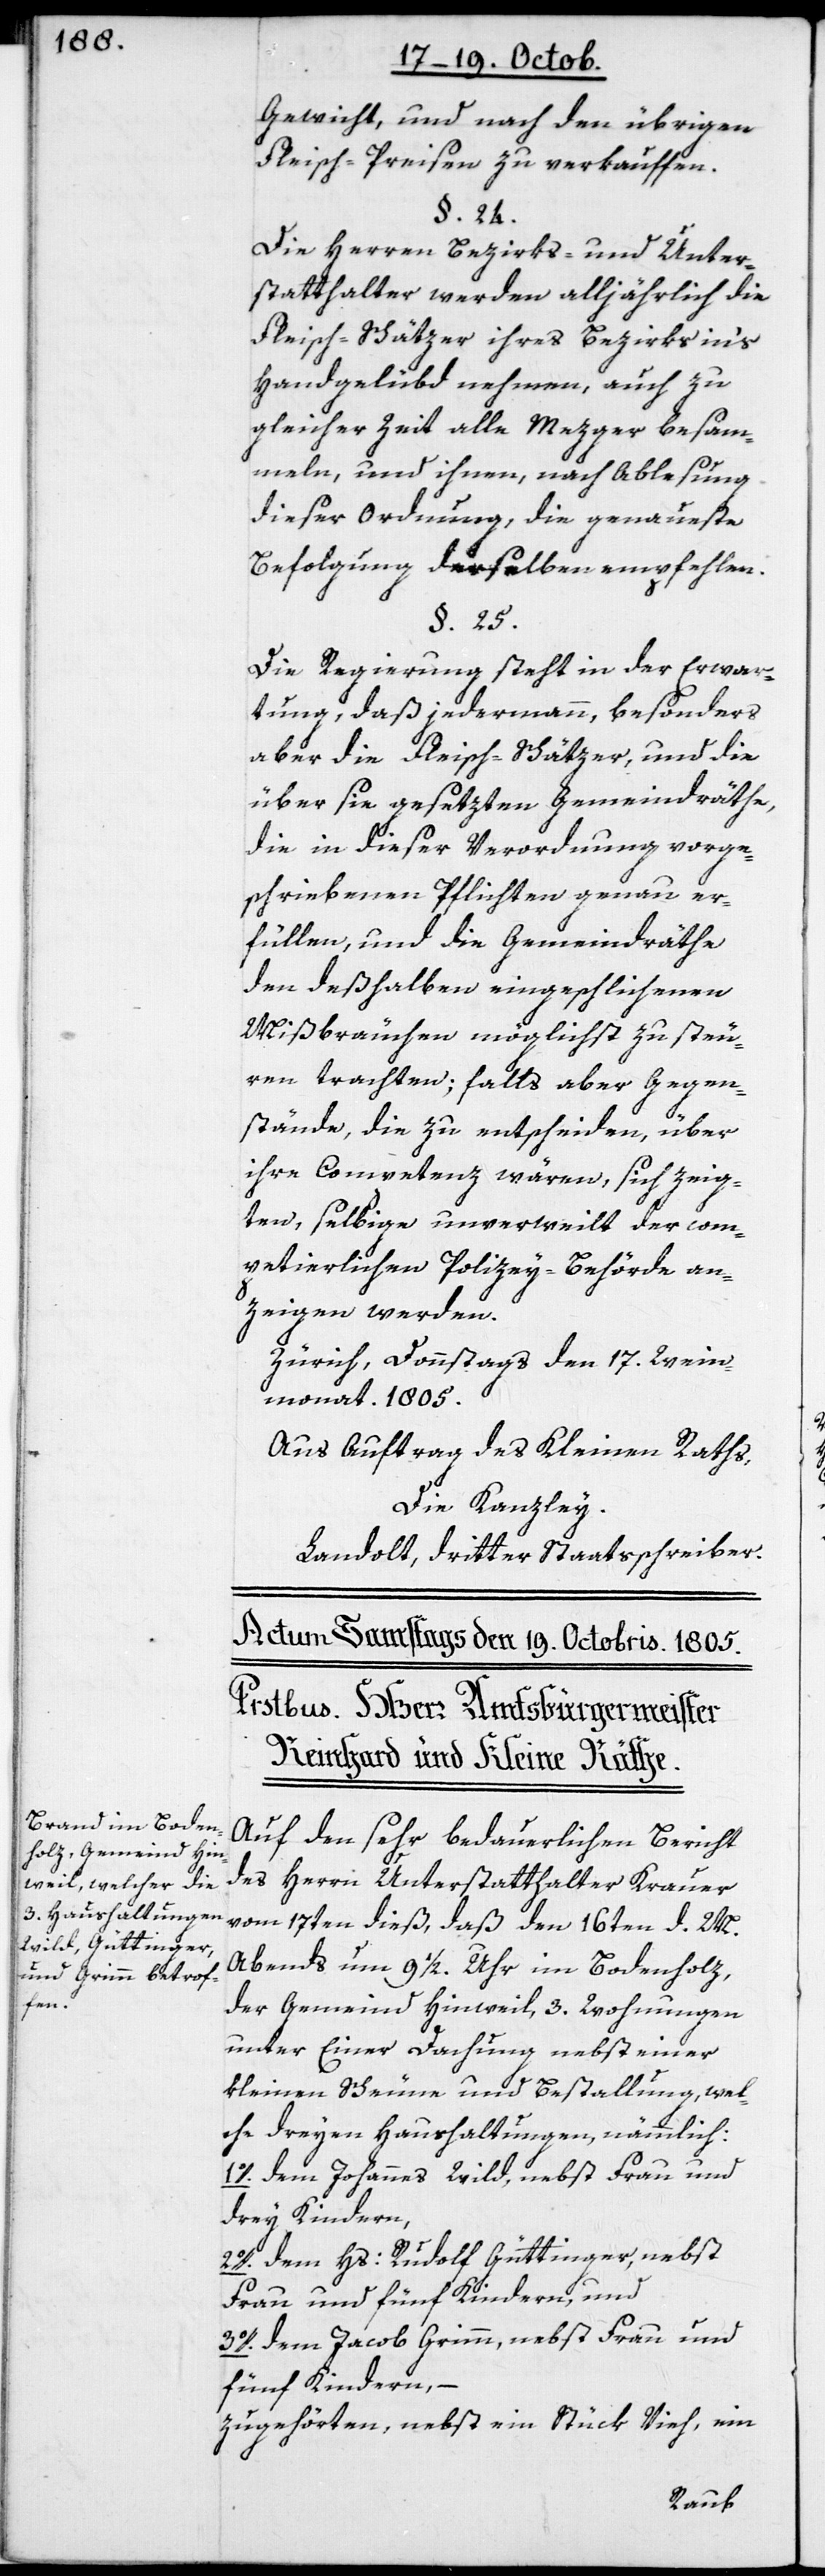
Gewicht, und nach übrigen
Fleisch-Preisen zu verkauffen.
§. 24.
Die Herren Bezirks- und Unter¬
statthalter werden alljährlich die
Fleisch-Schätzer ihres Bezirks in’s
Handgelübd nehmen, auch zu
gleicher Zeit alle Mezger besam¬
meln, und ihnen, nach Ablesung
dieser Ordnung, die genaueste
Befolgung derselben empfehlen.
§. 25.
Die Regierung steht in der Erwar¬
tung, daß jedermann, besonders
aber die Fleisch-Schätzer und die
über sie gesetzten Gemeindräthe,
die in dieser Verordnung vorge¬
schriebenen Pflichten genau er¬
füllen, und die Gemeindräthe
den deßhalben eingeschlichenen
Mißbräuchen möglichst zu steu¬
ren trachten, falls aber Gegen¬
stände, die zu entscheiden, über
ihre Competenz wären sich zeig¬
ten, selbige unverweilt der com¬
petierlichen Polizey-Behörde an¬
zeigen werden.
Zürich, Donnstags den 17. Wein¬
monat. 1805.
Aus Auftrag des Kleinen Raths,
Die Kanzley.
Landolt, dritter Staatsschreiber.
Auf den sehr bedauerlichen Bericht
des Herrn Unterstatthalter Krauer
vom 17ten dieß, daß den 16ten d. M.
abends um 9 1/2. Uhr im Bodenholz
der Gemeind Hinweil, 3. Wohnungen
unter Einer Dachung nebst einer
kleinen Scheune und Bestallung, wel¬
che dreyen Haushaltungen, nämmlich:
1o. dem Johannes Wild, nebst Frau und
drey Kindern,
2o. dem Hs: Rudolf Güttinger, nebst
Frau und fünf Kindern, und
3o. dem Jacob Grimm, nebst Frau und
fünf Kindern,
zugehörten, nebst ein Stück Vieh, ein